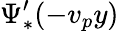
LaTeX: \Psi_{*}^{\prime}(-v_{p}y)